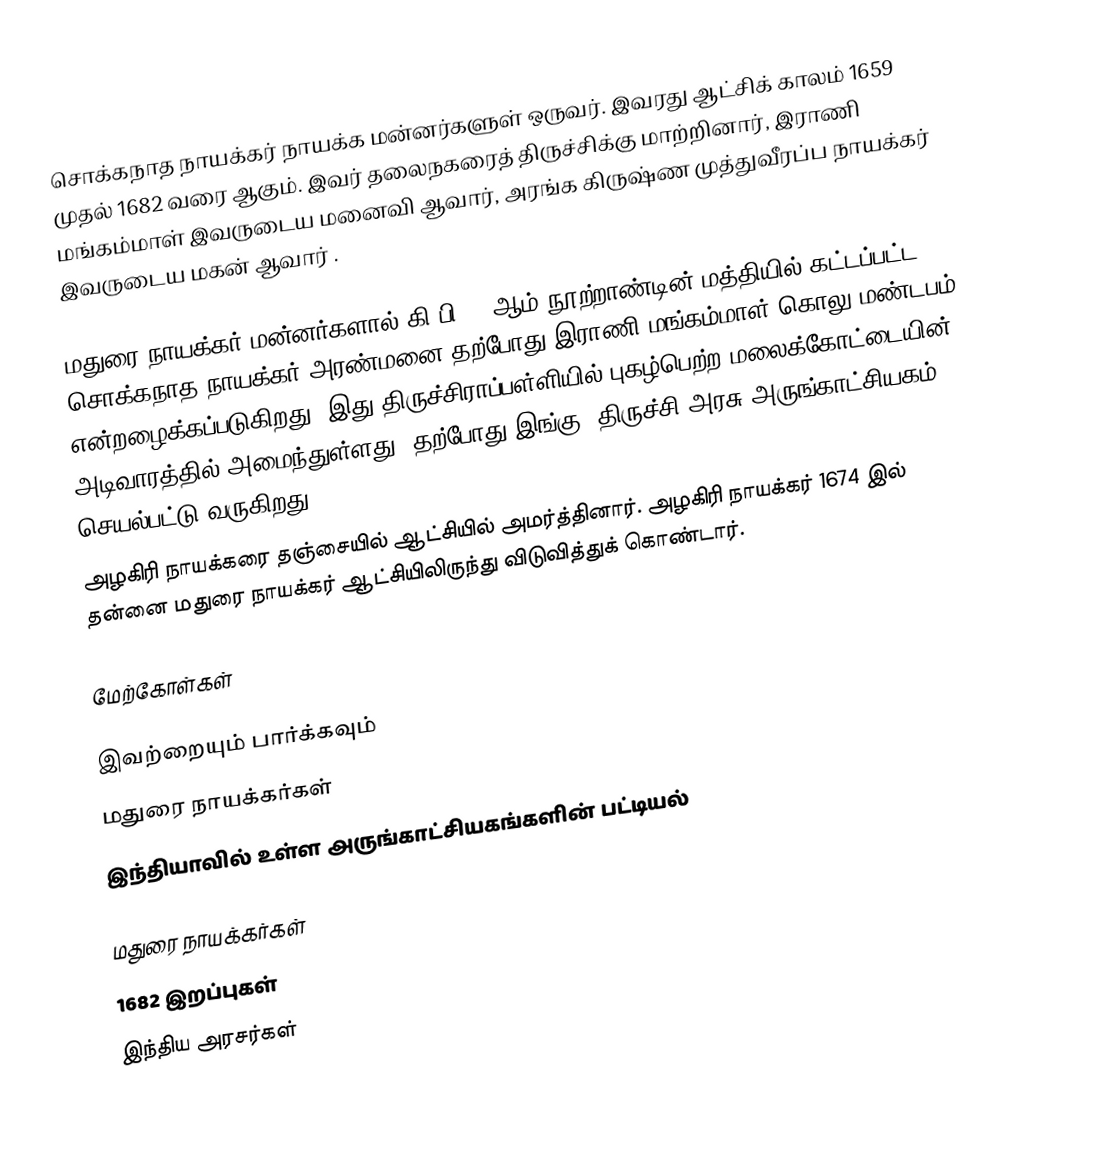
சொக்கநாத நாயக்கர் நாயக்க மன்னர்களுள் ஒருவர். இவரது ஆட்சிக் காலம் 1659 முதல் 1682 வரை ஆகும். இவர் தலைநகரைத் திருச்சிக்கு மாற்றினார், இராணி மங்கம்மாள் இவருடைய மனைவி ஆவார், அரங்க கிருஷ்ண முத்துவீரப்ப நாயக்கர் இவருடைய மகன் ஆவார் .

மதுரை நாயக்கர் மன்னர்களால் கி.பி.17-ஆம் நூற்றாண்டின் மத்தியில் கட்டப்பட்ட சொக்கநாத நாயக்கர் அரண்மனை தற்போது இராணி மங்கம்மாள் கொலு மண்டபம் என்றழைக்கப்படுகிறது. இது திருச்சிராப்பள்ளியில் புகழ்பெற்ற மலைக்கோட்டையின் அடிவாரத்தில் அமைந்துள்ளது. தற்போது இங்கு, திருச்சி அரசு அருங்காட்சியகம் செயல்பட்டு வருகிறது.
அழகிரி நாயக்கரை  தஞ்சையில் ஆட்சியில் அமர்த்தினார். அழகிரி நாயக்கர் 1674 இல் தன்னை மதுரை நாயக்கர் ஆட்சியிலிருந்து விடுவித்துக் கொண்டார்.

மேற்கோள்கள்

இவற்றையும் பார்க்கவும்
 மதுரை நாயக்கர்கள்
 இந்தியாவில் உள்ள அருங்காட்சியகங்களின் பட்டியல்

மதுரை நாயக்கர்கள்
1682 இறப்புகள்
 இந்திய அரசர்கள்